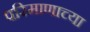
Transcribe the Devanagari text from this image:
परिमाणाच्या